Vaccination in the Punjab 1883-1896 - 1883-1896
Year: 1883
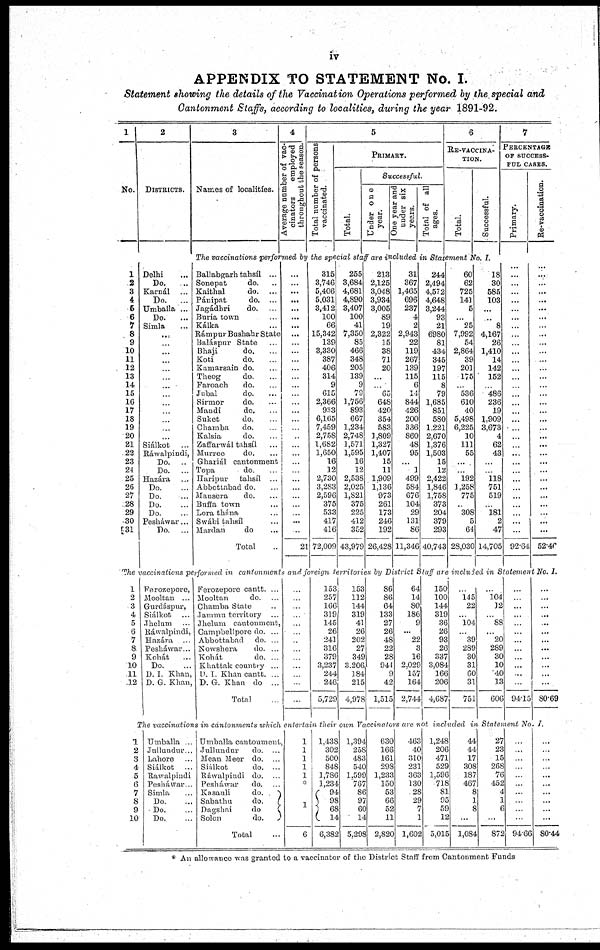
iv
APPENDIX TO STATEMENT No. I.
Statement showing the details of the Vaccination Operations performed by the special and
Cantonment Staffs, according to localities, during the year 1891-92.
1
No.
1
2
3
4
5
6
7
8
9
10
11
12
13
14
15
16
17
18
19
20
21
22
23
24
25
26
27
28
29
30
31
2
DISTRICTS.
Delhi ...
Do.
...
Karnál ...
Do. ...
Umballa ...
Do. ...
Simla ...
...
...
...
...
...
...
...
...
...
...
...
...
...
Siálkot ...
Ráwalpindi,
Do. ..
Do. ...
Hazára ...
Do. ...
Do. ...
Do. ...
Do.
Pesháwar...
Do. ...
3
Names of localities.
4
Average number of vac-
cinators
employed
throughout the season.
5
Total number of persons
vaccinated.
PRIMARY.
Total.
Successful.
Under one
year.
One year and
under six
years.
Total of all
ages.
6
RE-VACCINA-
TION.
Total.
Successful.
The vaccinations performed by the special staff are included in Statement No. I.
Ballabgarh tahsíl ...
Sonepat
do. ...
Kaithal
do. ...
Pánipat
do. ...
Jagádhri
do. ...
Buria town ...
Kálka ...
Rámpur Bushahr State
Baláspur State ...
Bhaji
do. ...
Koti
do. ...
Kamarsain do. ...
Theog
do. ...
Faroach
do. ...
Jubal
do. ...
Sirmor
do. ...
Mandi
do. ...
Suket
do. ...
Chamba
do.
Kalsia
do. ...
Zaffarwál tahsíl ...
Murree
do. ...
Ghariál cantonment
Topa
do. ...
Haripur
tahsíl ...
Abbottabad do. ...
Mansera
do. ...
Buffa town ...
Lora thána ...
Swábi tahsíl ...
Mardan
do ...
Total ...
...
...
...
...
...
...
...
...
...
...
...
...
...
...
...
...
...
...
...
...
...
...
...
...
...
...
...
...
...
...
...
21
315
3,746
5,406
5,031
3,412
100
66
15,342
139
3,330
387
406
314
9
615
2,366
933
6,165
7,459
2,758
1,682
1,650
16
12
2,730
3,283
2,596
375
533
417
416
72,009
255
3,684
4,681
4,890
3,407
100
41
7,350
85
466
348
205
139
9
79
1,756
893
667
1,234
2,748
1,571
1,595
16
12
2,538
2,025
1,821
375
225
412
352
43,979
213
2,125
3,048
3,934
3,005
89
19
2,322
15
38
71
20
...
...
65
648
420
354
583
1,809
1,327
1,407
15
11
1,909
1,136
973
261
173
246
192
26,428
31
367
1,465
696
237
4
2
2,943
22
119
267
139
115
6
14
844
426
200
336
860
48
95
...
1
499
584
676
104
29
131
86
11,346
244
2,494
4,572
4,648
3,244
93
21
6,980
81
434
345
197
115
8
79
1,685
851
580
1,221
2,670
1,376
1,503
15
12
2,422
1,846
1,758
373
204
379
293
40,743
60
62
725
141
5
...
25
7,992
54
2,864
39
201
175
...
536
610
40
5,498
6,225
10
111
55
...
...
192
1,258
775
...
308
5
64
28,030
18
30
585
103
...
...
8
4,167
26
1,410
14
142
152
...
486
236
19
1,909
3,673
4
62
43
...
...
118
751
519
...
181
2
47
14,705
7
PERCENTAGE
OF SUCCESS-
FUL CASES.
Primary.
...
...
...
...
...
...
...
...
...
...
...
...
...
...
...
...
...
...
...
...
...
...
...
...
...
...
...
...
...
...
...
92.64
Re-vaccination.
...
...
...
...
...
...
...
...
...
...
...
...
...
...
...
...
...
...
...
...
...
...
...
...
...
...
...
...
...
...
...
52.46
The vaccinations performed in cantonments and foreign territories by District Staff are included in Statement No. I.
1
2
3
4
5
6
7
8
9
10
11
12
Ferozepore,
Mooltan ...
Gurdáspur,
Siálkot ...
Jhelum ...
Ráwalpindi,
Hazára ...
Pesháwar...
Kohát ...
Do. ...
D. I. Khan,
D. G. Khan,
Ferozepore cantt. ...
Mooltan
do. ...
Chamba State ...
Jammu territory ...
Jhelum cantonment,
Campbellpore do. ...
Abbottabad
do. ...
Nowshera
do. ...
Kohát
do. ...
Khattak country ...
D. I. Khan cantt. ...
D. G. Khan do ...
Total ...
...
...
...
...
...
...
...
...
...
...
...
...
...
153
257
166
319
145
26
241
316
379
3,237
244
246
5,729
153
112
144
319
41
26
202
27
349
3,206
184
215
4,978
86
86
64
133
27
26
48
22
28
944
9
42
1,515
64
14
80
186
9
...
22
3
16
2,029
157
164
2,744
150
100
144
319
36
26
93
26
337
3,084
166
206
4,687
...
145
22
...
104
...
39
289
30
31
60
31
751
...
104
12
...
88
...
20
289
30
10
40
13
606
...
...
...
...
...
...
...
...
...
...
...
...
94.15
...
...
...
...
...
...
...
...
...
...
...
...
80.69
The vaccinations in cantonments which entertain their own Vaccinators are not included in Statement No. I.
1
2
3
4
5
6
7
8
9
10
Umballa ...
Jullundur...
Lahore ...
Siálkot ...
Rawalpindi
Pesháwar...
Simla ...
Do. ...
Do. ...
Do. ...
Umballa cantonment,
Jullundur
do. ...
Mean Meer do. ...
Siálkot
do. ...
Ráwalpindi do. ...
Pesháwar
do. ...
Kasauli
do.
Sabathu
do.
Dagshai
do
Solon
do.
Total ...
1
1
1
1
1
*
1
6
1,438
302
500
848
1,786
1,234
94
98
68
14
6,382
1,394
258
483
540
1,599
767
86
97
60
14
5,298
630
166
161
298
1,233
150
53
66
52
11
2,820
463
40
310
231
363
130
28
29
7
1
1,602
1,248
206
471
529
1,596
718
81
95
59
12
5,015
44
44
17
308
187
467
8
1
8
...
1,084
27
23
15
268
76
452
4
1
6
...
872
...
...
...
...
...
...
...
...
...
...
94.66
...
...
...
...
...
...
...
...
...
...
80.44
* An allowance was granted to a vaccinator of the District Staff from Cantonment Funds